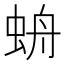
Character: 𧊓